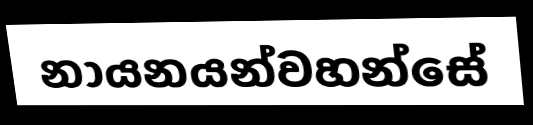
නායනයන්වහන්සේ